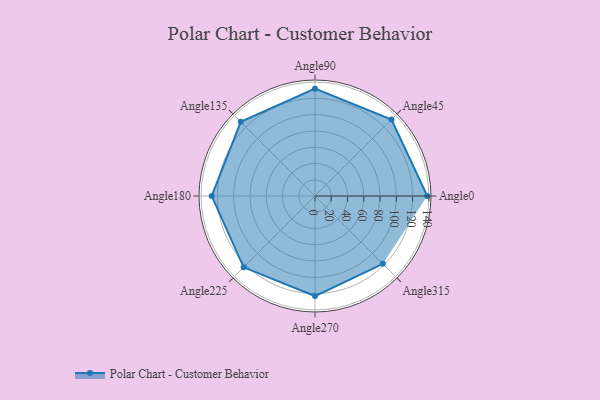
{"axis": {"x": "Angle", "y": "Radius"}, "legend": [""], "data": [{"x": "Angle0", "y": 138.0, "type": ""}, {"x": "Angle45", "y": 133.0, "type": ""}, {"x": "Angle90", "y": 132.0, "type": ""}, {"x": "Angle135", "y": 129.0, "type": ""}, {"x": "Angle180", "y": 127.0, "type": ""}, {"x": "Angle225", "y": 124.0, "type": ""}, {"x": "Angle270", "y": 123.0, "type": ""}, {"x": "Angle315", "y": 118.0, "type": ""}]}